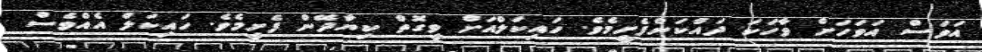
އަވަސް އަވަހަށް ވާހަކަ ދައްކަންފެށީމެވެ. ހައިކަލްއަށް ވީގޮތް ކިޔާދޭން ފެށީމެވެ. ހައިކަލް އެއްވެސް